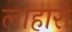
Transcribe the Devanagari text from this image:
लाहारों